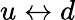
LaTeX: u\leftrightarrow d